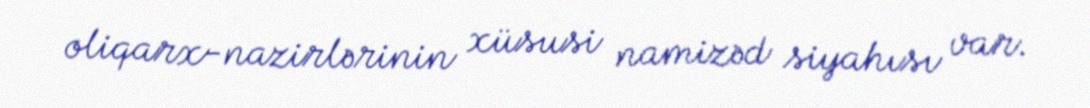
oliqarx-nazirlərinin xüsusi namizəd siyahısı var.